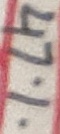
Text: 47%